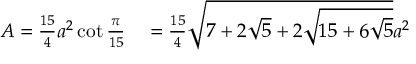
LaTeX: \begin{array} { r l } { A = { \frac { 1 5 } { 4 } } a ^ { 2 } \cot { \frac { \pi } { 1 5 } } } & { { } = { \frac { 1 5 } { 4 } } { \sqrt { 7 + 2 { \sqrt { 5 } } + 2 { \sqrt { 1 5 + 6 { \sqrt { 5 } } } } } } a ^ { 2 } } \end{array}